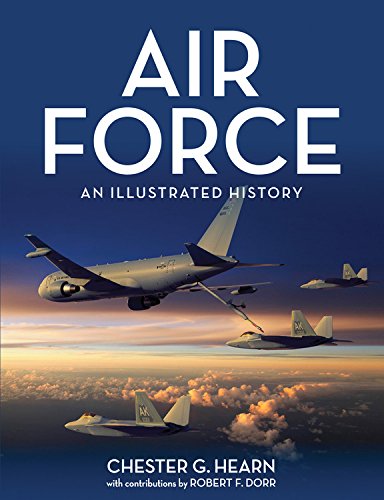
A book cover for Air Force: An Illustrated History; Chester G. Hearn; History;